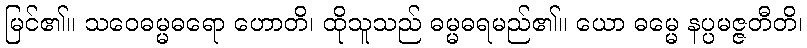
မြင်၏။ သဝေဓမ္မဓရော ဟောတိ၊ ထိုသူသည် ဓမ္မဓရမည်၏။ ယော ဓမ္မေ နပ္ပမဇ္ဇတီတိ၊